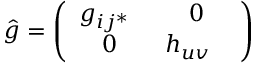
\hat { g } = \left( \begin{array} { l l } { { g _ { i j ^ { * } } } } & { { \quad 0 \quad } } \\ { { \quad 0 \quad } } & { { h _ { u v } } } \end{array} \right)